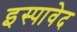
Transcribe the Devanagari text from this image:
इस्पावेद